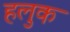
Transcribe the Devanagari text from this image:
हलुक